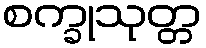
စက္ခုသုတ္တ